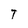
Character: T